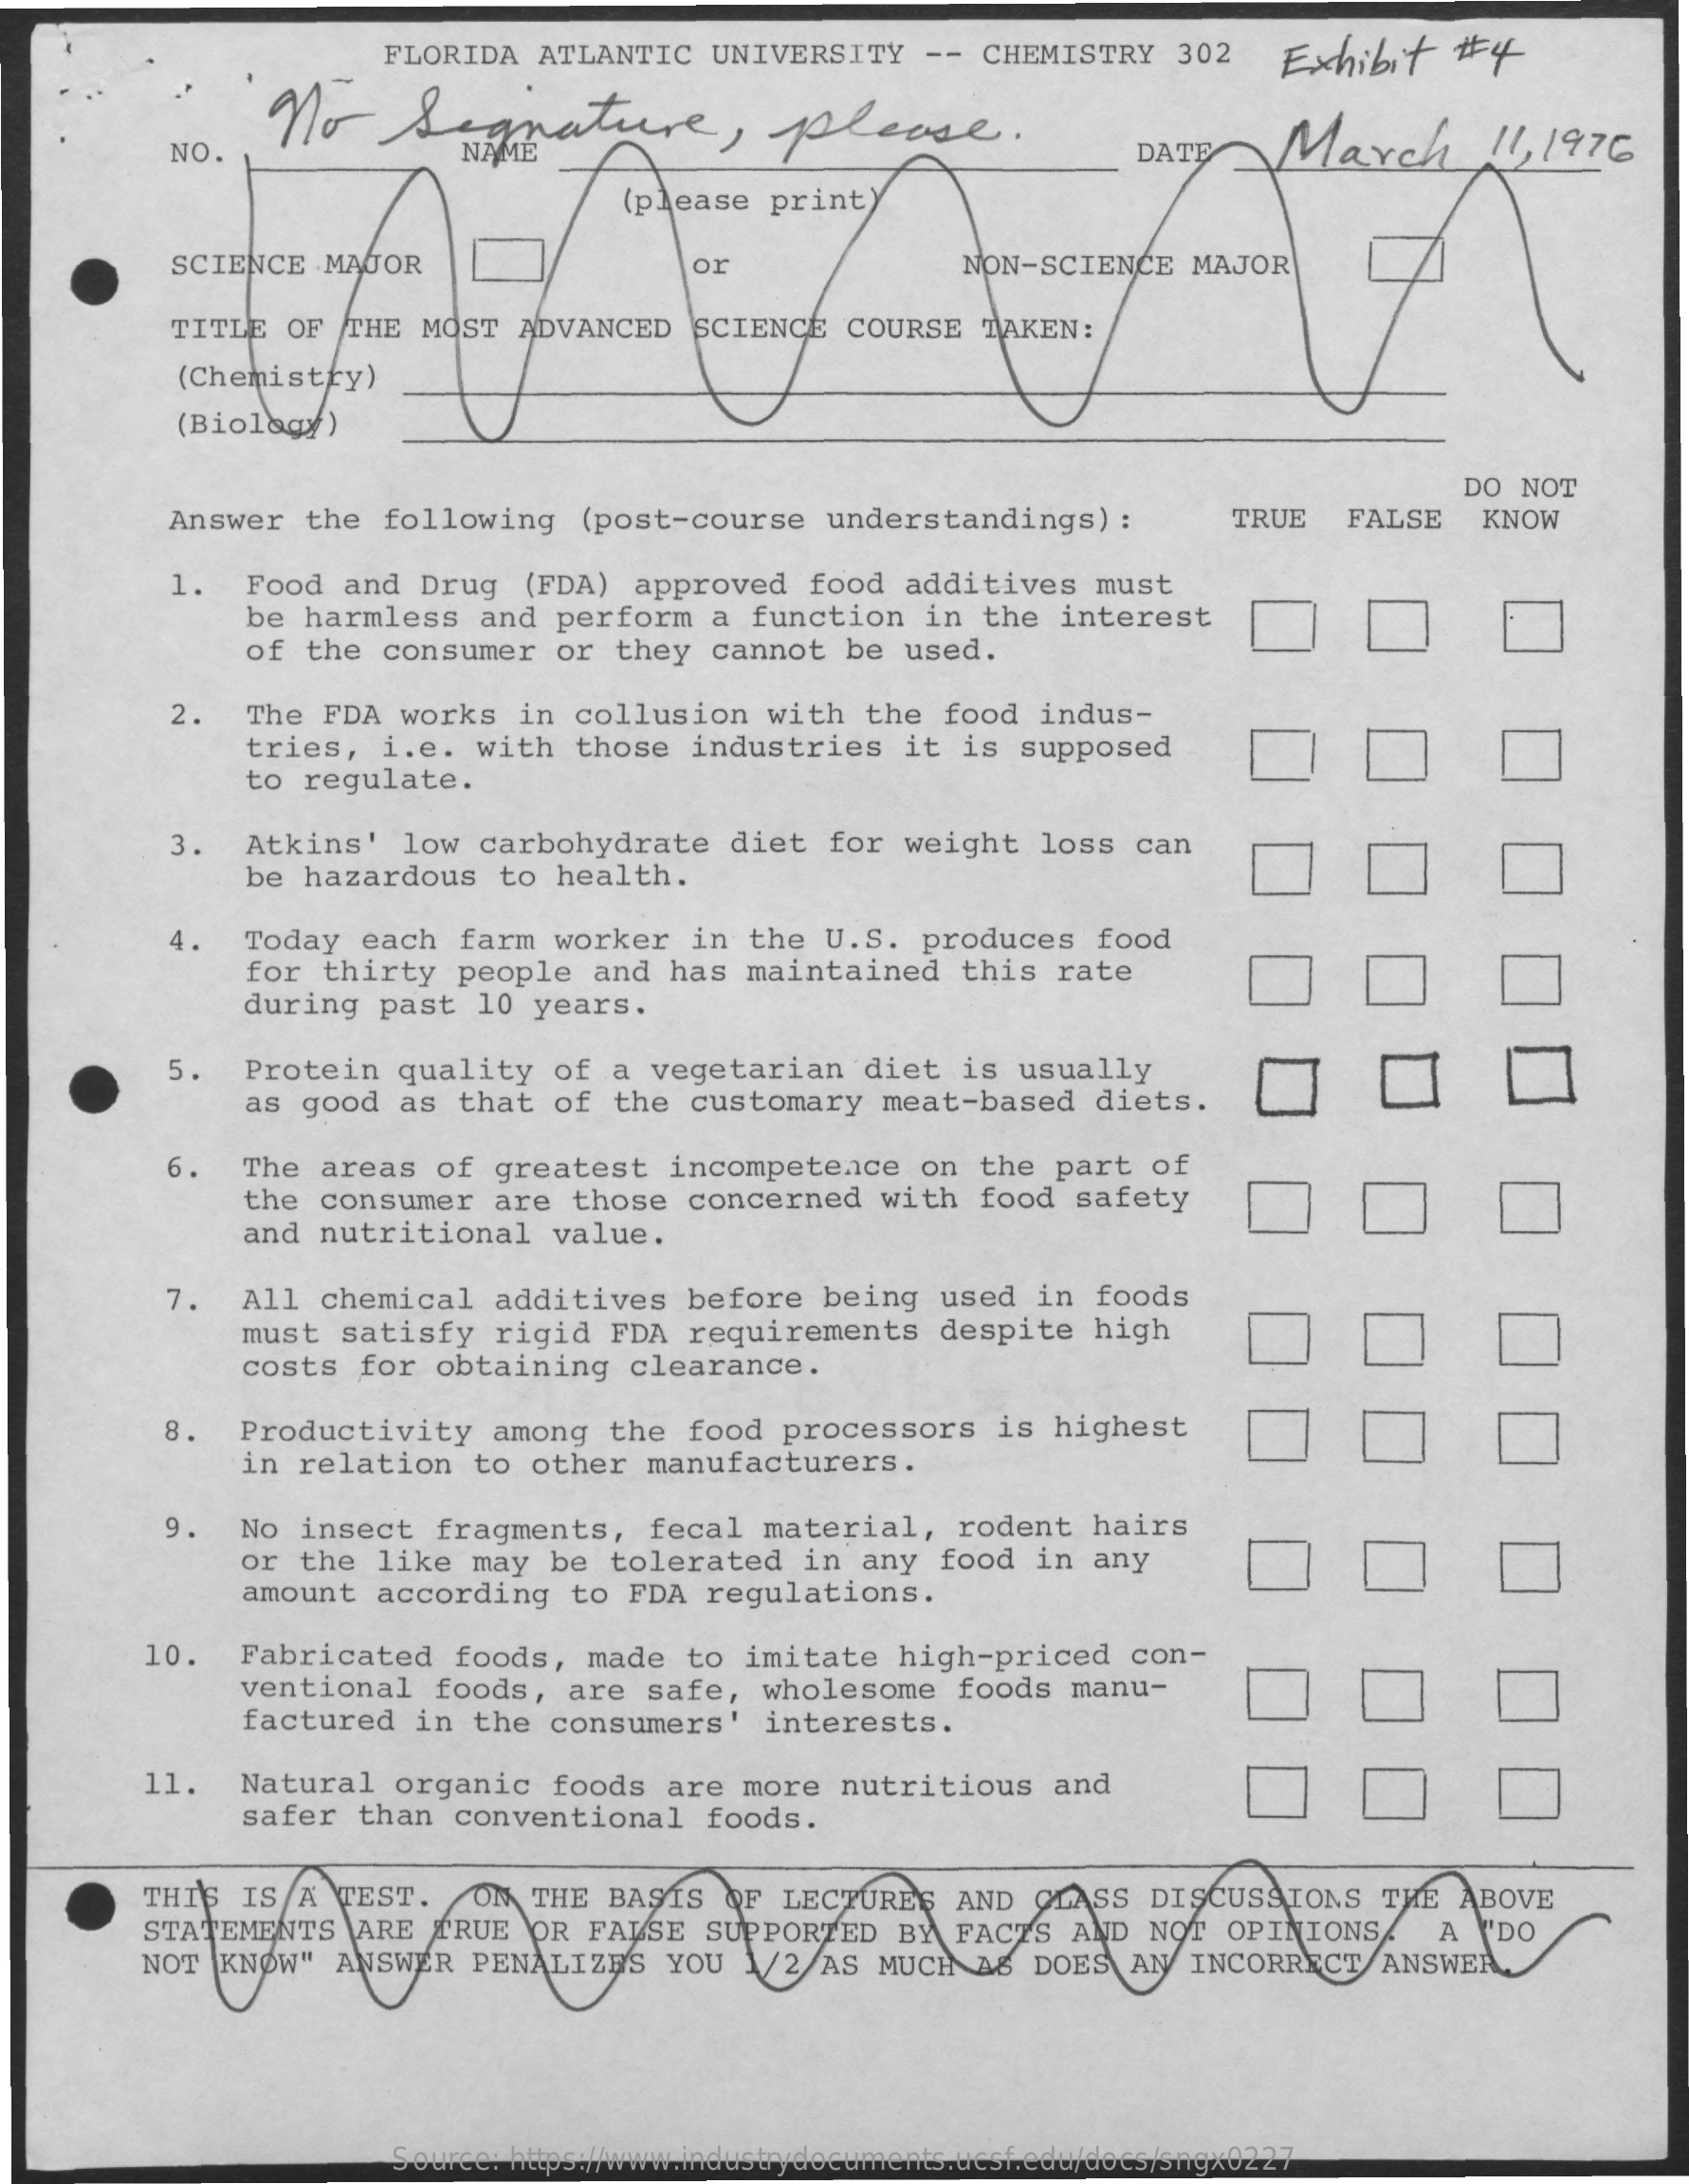
FLORIDA ATLANTIC UNIVERSITY -- CHEMISTRY 302
     No   Signature,    please.
     Exhibit # 4
     NO.    DATE  March    11, 1976
     (please print)
     SCIENCE MAJOR    or    NON-SCIENCE MAJOR
     TITLE OF THE MOST ADVANCED SCIENCE COURSE TAKEN:
     (Chemistry)
     (Biology)
     DO NOT
     Answer the following (post-course understandings) : TRUE FALSE KNOW
     1. Food and Drug (FDA) approved food additives must
     be harmless and perform a function in the interest
     of the consumer or they cannot be used.
     2. The FDA works in collusion with the food indus-
     tries, i.e. with those industries it is supposed
     to regulate.
     3. Atkins' low carbohydrate diet for weight loss can
     be hazardous to health.
     4 . Today each farm worker in the U.S. produces food
     for thirty people and has maintained this rate
     during past 10 years.
     5. Protein quality of a vegetarian diet is usually
     as good as that of the customary meat-based diets.
     6. The areas of greatest incompetence on the part of
     the consumer are those concerned with food safety
     and nutritional value.
     7. All chemical additives before being used in foods
     must satisfy rigid FDA requirements despite high
     costs for obtaining clearance.
     8. Productivity among the food processors is highest
     in relation to other manufacturers.
     9. No insect fragments, fecal material, rodent hairs
     or the like may be tolerated in any food in any
     amount according to FDA regulations.
     10. Fabricated foods, made to imitate high-priced con-
     ventional foods, are safe, wholesome foods manu-
     factured in the consumers' interests.
     11. Natural organic foods are more nutritious and
     safer than conventional foods.
     THIS IS A TEST. ON THE BASIS OF LECTURES AND GLASS DISCUSSIONS THE ABOVE
     STATEMENTS ARE TRUE OR FALSE SUPPORTED BY FACTS AND NOT OPINIONS A "DO
     NOT KNOW" ANSWER PENALIZE'S YOU 1/2 AS MUCH AS DOES AN INCORRECT ANSWER.
     Source: https://www.industrydocuments.ucsf.edu/docs/sngx0227